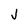
Character: J